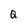
Character: Q